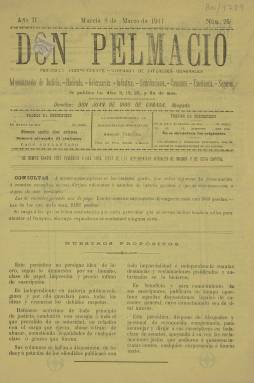
Título: Don Pelmacio
Colección: Periódicos
Ámbito geográfico: Murcia
Lugar de publicación: Murcia
Fechas: 08/03/1911-08/03/1911

Periódico satírico de Murcia cuyo nombre recuerda el adjetivo pelma o pelmazo que denota su objetivo de ser molesto y fastidioso. Se subtitulaba semanario independiente y se distinguió sobre todo por sus críticas y protestas contra todo aquel que gozaba de una posición de poder en la esfera que fuera.

  Su primer número se publicó el 8 de septiembre de 1910 y el último, el número 25 que es el único que posee la BNE, el 8 de marzo de 1911. Ya anteriormente se había sustituido el subtítulo por el de Periódico independiente defensor de intereses generales al tiempo que había cambiado el director. El primero fue Germán Mauricio Cortina, al que siguió Juan de Dios de Cañada.

  En la Biblioteca Virtual de Prensa Histórica puede consultarse la colección de este título y la atrevida declaración de principios de su primer número, que dice así: ‘Bienaventurados los que hais hambre y sed de justicia porque estoy dispuesto a consolaros con todas las energías de mi alma. Sabed que no solamente hallaréis en mi periódico vuestro defensor acérrimo contra aquellos que traten de abusar de su superioridad, sino que dispongo a la par de personas competentísimas en todos los ramos de la Administración que pueden dirigiros en cualquier denuncia o reclamación’.

  Uno de los ataques más repetidos de Don Pelmacio fue contra el caciquismo, uno de los males endémicos de la época en todas las provincias de España. Si hay algo que destaca de esta publicación es una sección titulada Semblanzas, que aparecía recuadrada y generalmente en la portada, y en la que se caricaturizaba en verso a algún mandamás de Murcia.

  Por lo demás, salvo el contenido crítico y satírico, el periódico incluía en sus ocho páginas comentarios de actualidad, noticias locales, trozos literarios en prosa o en verso y publicidad. En el número que posee la BNE destaca el artículo joco-serio dedicado a comentar la falda pantalón para la mujer puesta de moda en París y la reacción contraria del Vaticano.

  German Mauricio, el primer director de Don Pelmacio, fundó más tarde otro periódico satírico, Don Crispín, en el que se publicaban dibujos caricaturescos de personajes murcianos y en el que se atacaba a todos los políticos sin distinción de ideología. En ocasiones el director tuvo que huir de los intentos de agresión de algunos de los afectados, según se lee en el libro ‘III Centenario prensa en Murcia 1706-2006’.

[Descripción publicada el 20/09/2024]